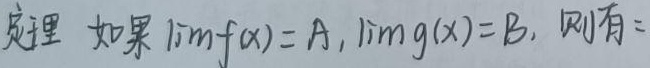
定理 如果 $\lim f(x)=A, \lim g(x)=B$, 则有: